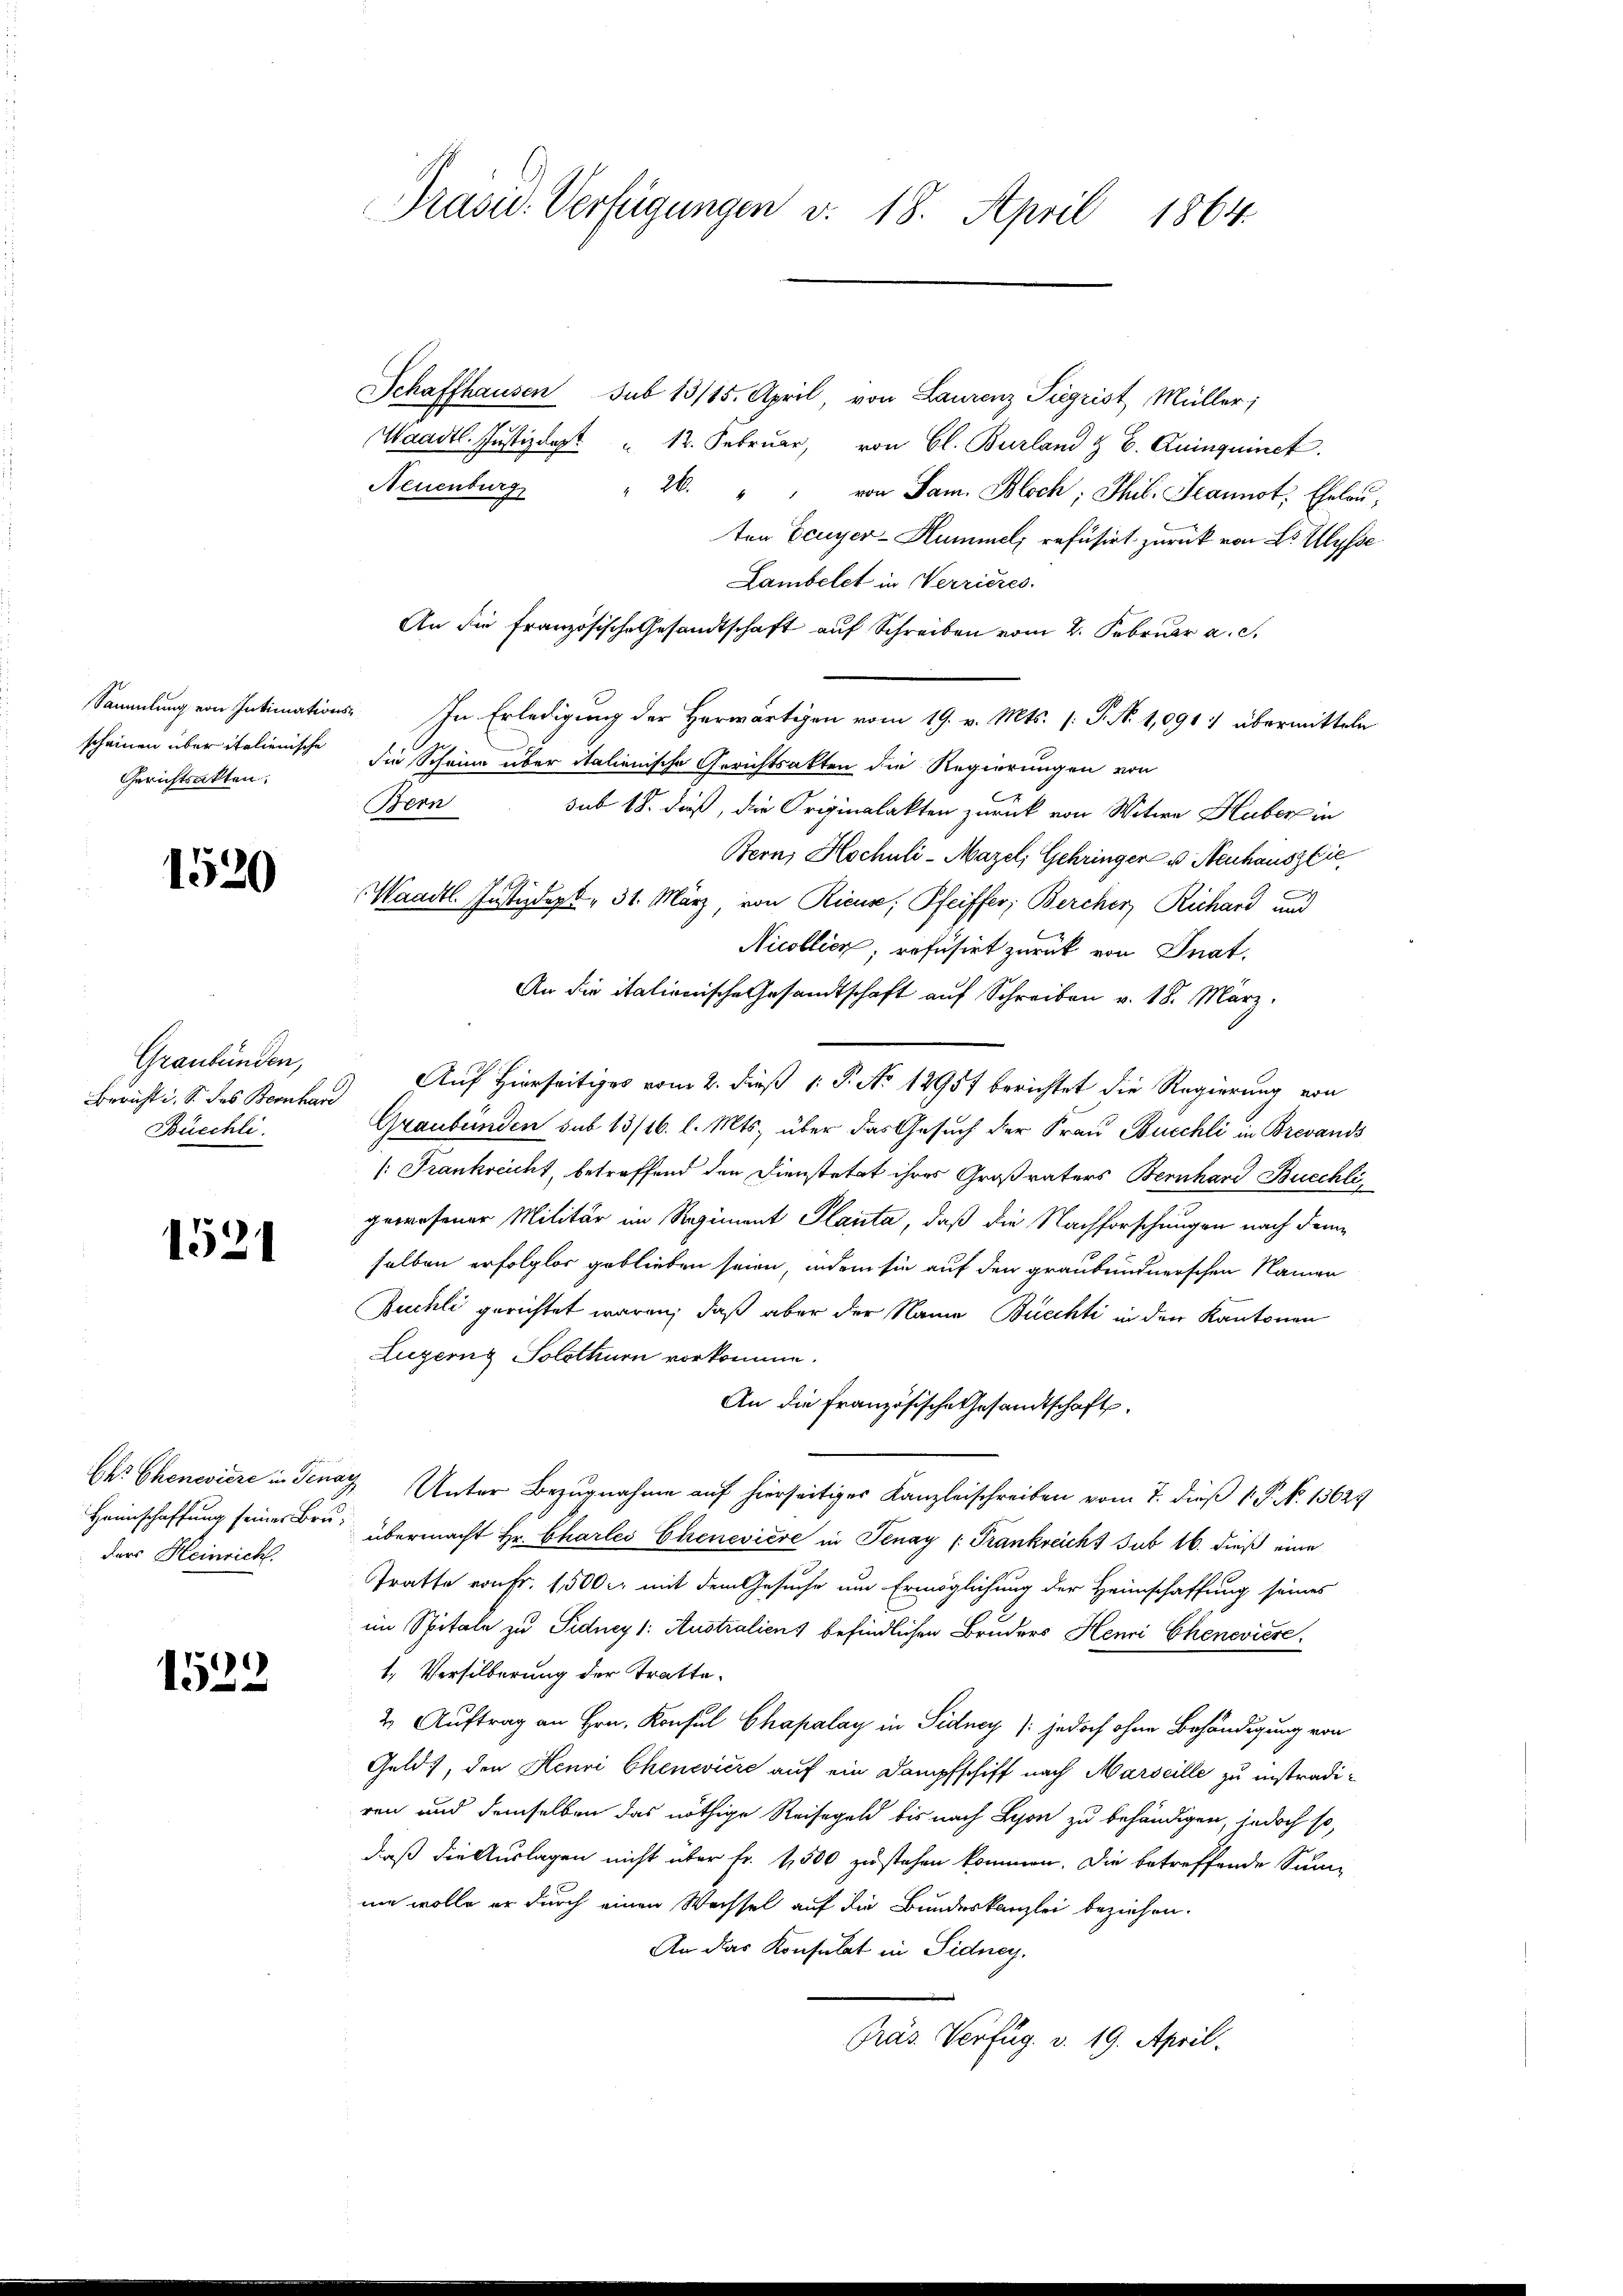
scheinen über italienische
Gerichtsakten.

1520

Graubünden,
Büschli

1521

ders Heinricht.

1522

Präsid. Verfügungen v. 18. April 1864.

Schaffhausen sub 13/15. April, von Laurenz Siegrist, Müller;
Waadt. Justiz das " 12. Februar, von Bl. Burland & B. Quinquinck
Neuenburg " 26. " " von Jan. Bloch; Thib. Jeannst. Eheleuten Eeuyer-Hummel refusirt zurück von Sr. Hysse
Lambelet in Verrieres.
An die Französische Gesandtschaft auf Schreiben vom 2. Februar a. c.
Sammlung von Intimations-In Erledigung der Herwärtigen vom 19. v. Mts. (: P. N. 1,091) übermitteln
die Scheine über italienische Gerichtsakten die Regierungen von
Bern
sub 18. dieß, die Originalakten zurück von Witwe Huber in
Bern, Hochuli-Mazel, Gehringer u Neuhausz lie
Waadt Justizdept. 31. März, von Rieuse, Pfeiffer, Bercher Richard und
Nicollien, refusirt zurück von Gnat,
An die italionische Gesandtschaft auf Schreiben v. 18. März.
Bericht i. S. des Kranken Auf Hierseitiges vom 2. dieß 1: P. No 12957 berichtet die Regierung von
Graubünden sub 13/16 l. Mts. über das Gesuch der Frau Buschli in Brevands
/: Frankreicht, betreffend den Dienstetat ihres Großvaters Bernhard Buechli
gewesener Militär im Regiment Planta, daß die Nachforschungen nach dem
selben erfolglos geblieben seien, indem sie auf den graubündnerschen Namen
Buchli gerichtet wären, daß aber der Name Bucchti in den Kantonen
Luzernz Solothurn vorkomme.
An die französische Gesandtschaft.
Ehr Chenevière in Tenay, Unter Bezugnahme auf hierseitiges Kanzleischreiben vom 7. dieß P. No. 13629
Heimschaffung seiner Bru, übermacht Hr. Charles Chenevière in Tenay (Trankreicht sub 16. dieß eine
Tratte von Fr. 1500 er mit dem Gesuche um Ermöglichung der Heimschaffung seines
im Spitale zu Pidney 1: Australiens befindlichen Bruders Henri Chenevière.
1. Versilberung der Tratte.
2. Auftrag an Hrn. Konsul Chapalay in Sidney (jedoch ohne Behändigung von
Geld, den Henri Chenevière auf ein Dampfschiff nach Marseille zu instradiren und demselben das nöthige Reisegeld bis nach Lyon zu behändigen, jedoch so,
daß die Auslagen nicht über fr. 1,500 zu stehen kommen. Die betreffende Sum-
um wolle er durch einen Wechsel auf die Bundeskanzlei beziehen.
An das Konsulat in Sidney.
Gras Verfüg v. 19. April.

A